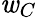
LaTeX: \mathit{w}_{C}